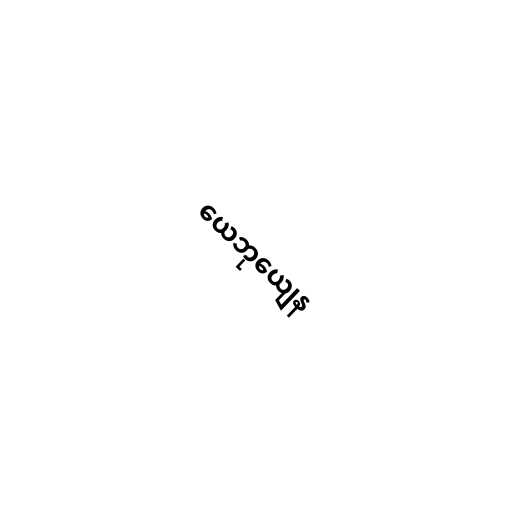
ယေဘုယျေန